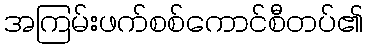
အကြမ်းဖက်စစ်ကောင်စီတပ်၏